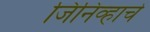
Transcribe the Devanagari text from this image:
जिनिव्हाचे